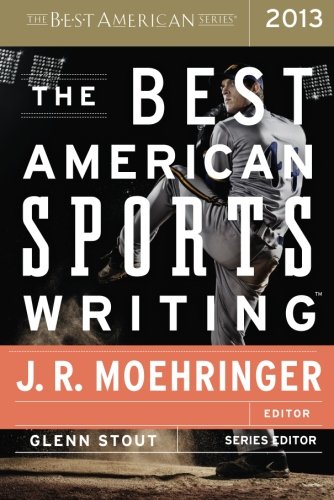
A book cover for The Best American Sports Writing 2013; Sports & Outdoors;